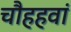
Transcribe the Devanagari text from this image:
चौहहवां